Indian journal of veterinary science and animal husbandry - Volume 13,
Year: 1943
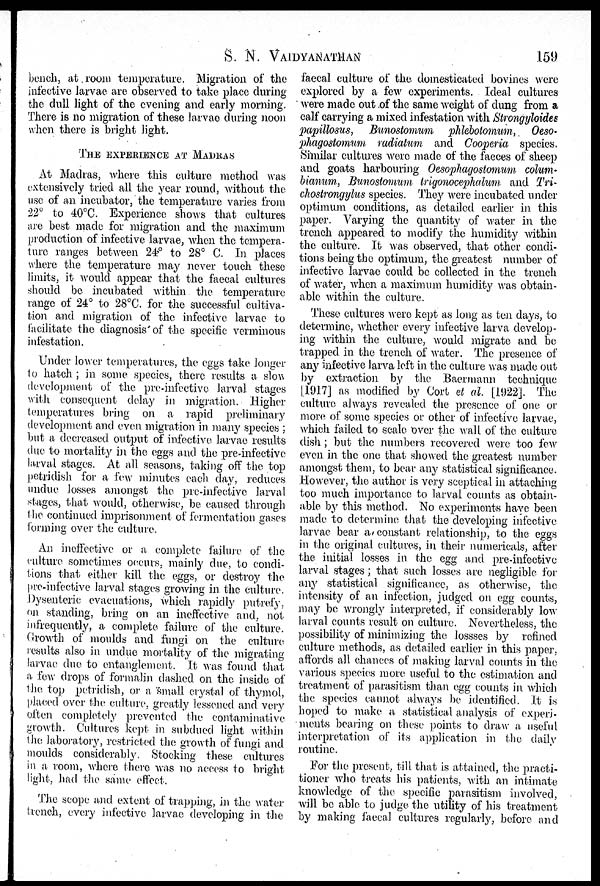
S. N. VAIDYANATHAN 159
bench, at room temperature. Migration of the
infective larvae are observed to take place during
the dull light of the evening and early morning.
There is no migration of these larvae during noon
when there is bright light.
THE EXPERIENCE AT MADRAS
At Madras, where this culture method was
extensively tried all the year round, without the
use of an incubator, the temperature varies from
22° to 40°C. Experience shows that cultures
are best made for migration and the maximum
production of infective larvae, when the tempera-
ture ranges between 24° to 28° C. In places
where the temperature may never touch these
limits, it would appear that the faecal cultures
should be incubated within the temperature
range of 24° to 28°C. for the successful cultiva-
tion and migration of the infective larvae to
facilitate the diagnosis of the specific verminous
infestation.
Under lower temperatures, the eggs take longer
to hatch ; in some species, there results a slow
development of the pre-infective larval stages
with consequent delay in migration. Higher
temperatures bring on a rapid preliminary
development and even migration in many species;
but a decreased output of infective larvae results
due to mortality in the eggs and the pre-infective
larval stages. At all seasons, taking off the top
petridish for a few minutes each day, reduces
undue losses amongst the pre-infective larval
stages, that would, otherwise, be caused through
the continued imprisonment of fermentation gases
forming over the culture.
An ineffective or a complete failure of the
culture sometimes occurs, mainly due, to condi-
tions that either kill the eggs, or destroy the
pre-infective larval stages growing in the culture.
Dysenteric evacuations, which rapidly putrefy,
on standing, bring on an ineffective and, not
infrequently, a complete failure of the culture.
Growth of moulds and fungi on the culture
results also in undue mortality of the migrating
larvae due to entanglement. It was found that
a few drops of formalin dashed on the inside of
the top petridish, or a small crystal of thymol,
placed over the culture, greatly lessened and very
often completely prevented the contaminative
growth. Cultures kept in subdued light within
the laboratory, restricted the growth of fungi and
moulds considerably. Stocking these cultures
in a room, where there was no access to bright
light, had the same effect.
The scope and extent of trapping, in the water
trench, every infective larvae developing in the
faecal culture of the domesticated bovines were
explored by a few experiments. Ideal cultures
were made out of the same weight of dung from a
calf carrying a mixed infestation with Strongyloides
papillosus,
Bunostomum phlebotomum, Oeso-
phagostomum, radiatum and Cooperia species.
Similar cultures were made of the faeces of sheep
and goats harbouring Oesophagostomum colum-
bianum, Bunostomum trigonocephalum and Tri-
chostrongylus species. They were incubated under
optimum conditions, as detailed earlier in this
paper. Varying the quantity of water in the
trench appeared to modify the humidity within
the culture. It was observed, that other condi-
tions being the optimum, the greatest number of
infective larvae could be collected in the trench
of water, when a maximum humidity was obtain-
able within the culture.
These cultures were kept as long as ten days, to
determine, whether every infective larva develop-
ing within the culture, would migrate and be
trapped in the trench of water. The presence of
any infective larva left in the culture was made out
by extraction by the Baermann technique
[1917] as modified by Cort et al. [1922]. The
culture always revealed the presence of one or
more of some species or other of infective larvae,
which failed to scale over the wall of the culture
dish; but the numbers recovered were too few
even in the one that showed the greatest number
amongst them, to bear any statistical significance.
However, the author is very sceptical in attaching
too much importance to larval counts as obtain-
able by this method. No experiments have been
made to determine that the developing infective
larvae bear a constant relationship, to the eggs
in the original cultures, in their numericals, after
the initial losses in the egg and pre-infective
larval stages; that such losses are negligible for
any statistical significance, as otherwise, the
intensity of an infection, judged on egg counts,
may be wrongly interpreted, if considerably low
larval counts result on culture. Nevertheless, the
possibility of minimizing the lossses by refined
culture methods, as detailed earlier in this paper,
affords all chances of making larval counts in the
various species more useful to the estimation and
treatment of parasitism than egg counts in which
the species cannot always be identified. It is
hoped to make a statistical analysis of experi-
ments bearing on these points to draw a useful
interpretation of its application in the daily
routine.
For the present, till that is attained, the practi-
tioner who treats his patients, with an intimate
knowledge of the specific parasitism involved,
will be able to judge the utility of his treatment
by making faecal cultures regularly, before and